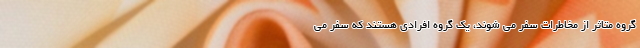
گروه متاثر از مخاطرات سفر می شوند، یک گروه افرادی هستند که سفر می